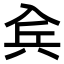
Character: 𠓫